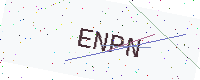
Text: ENPN